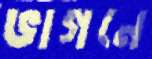
ভাগনে